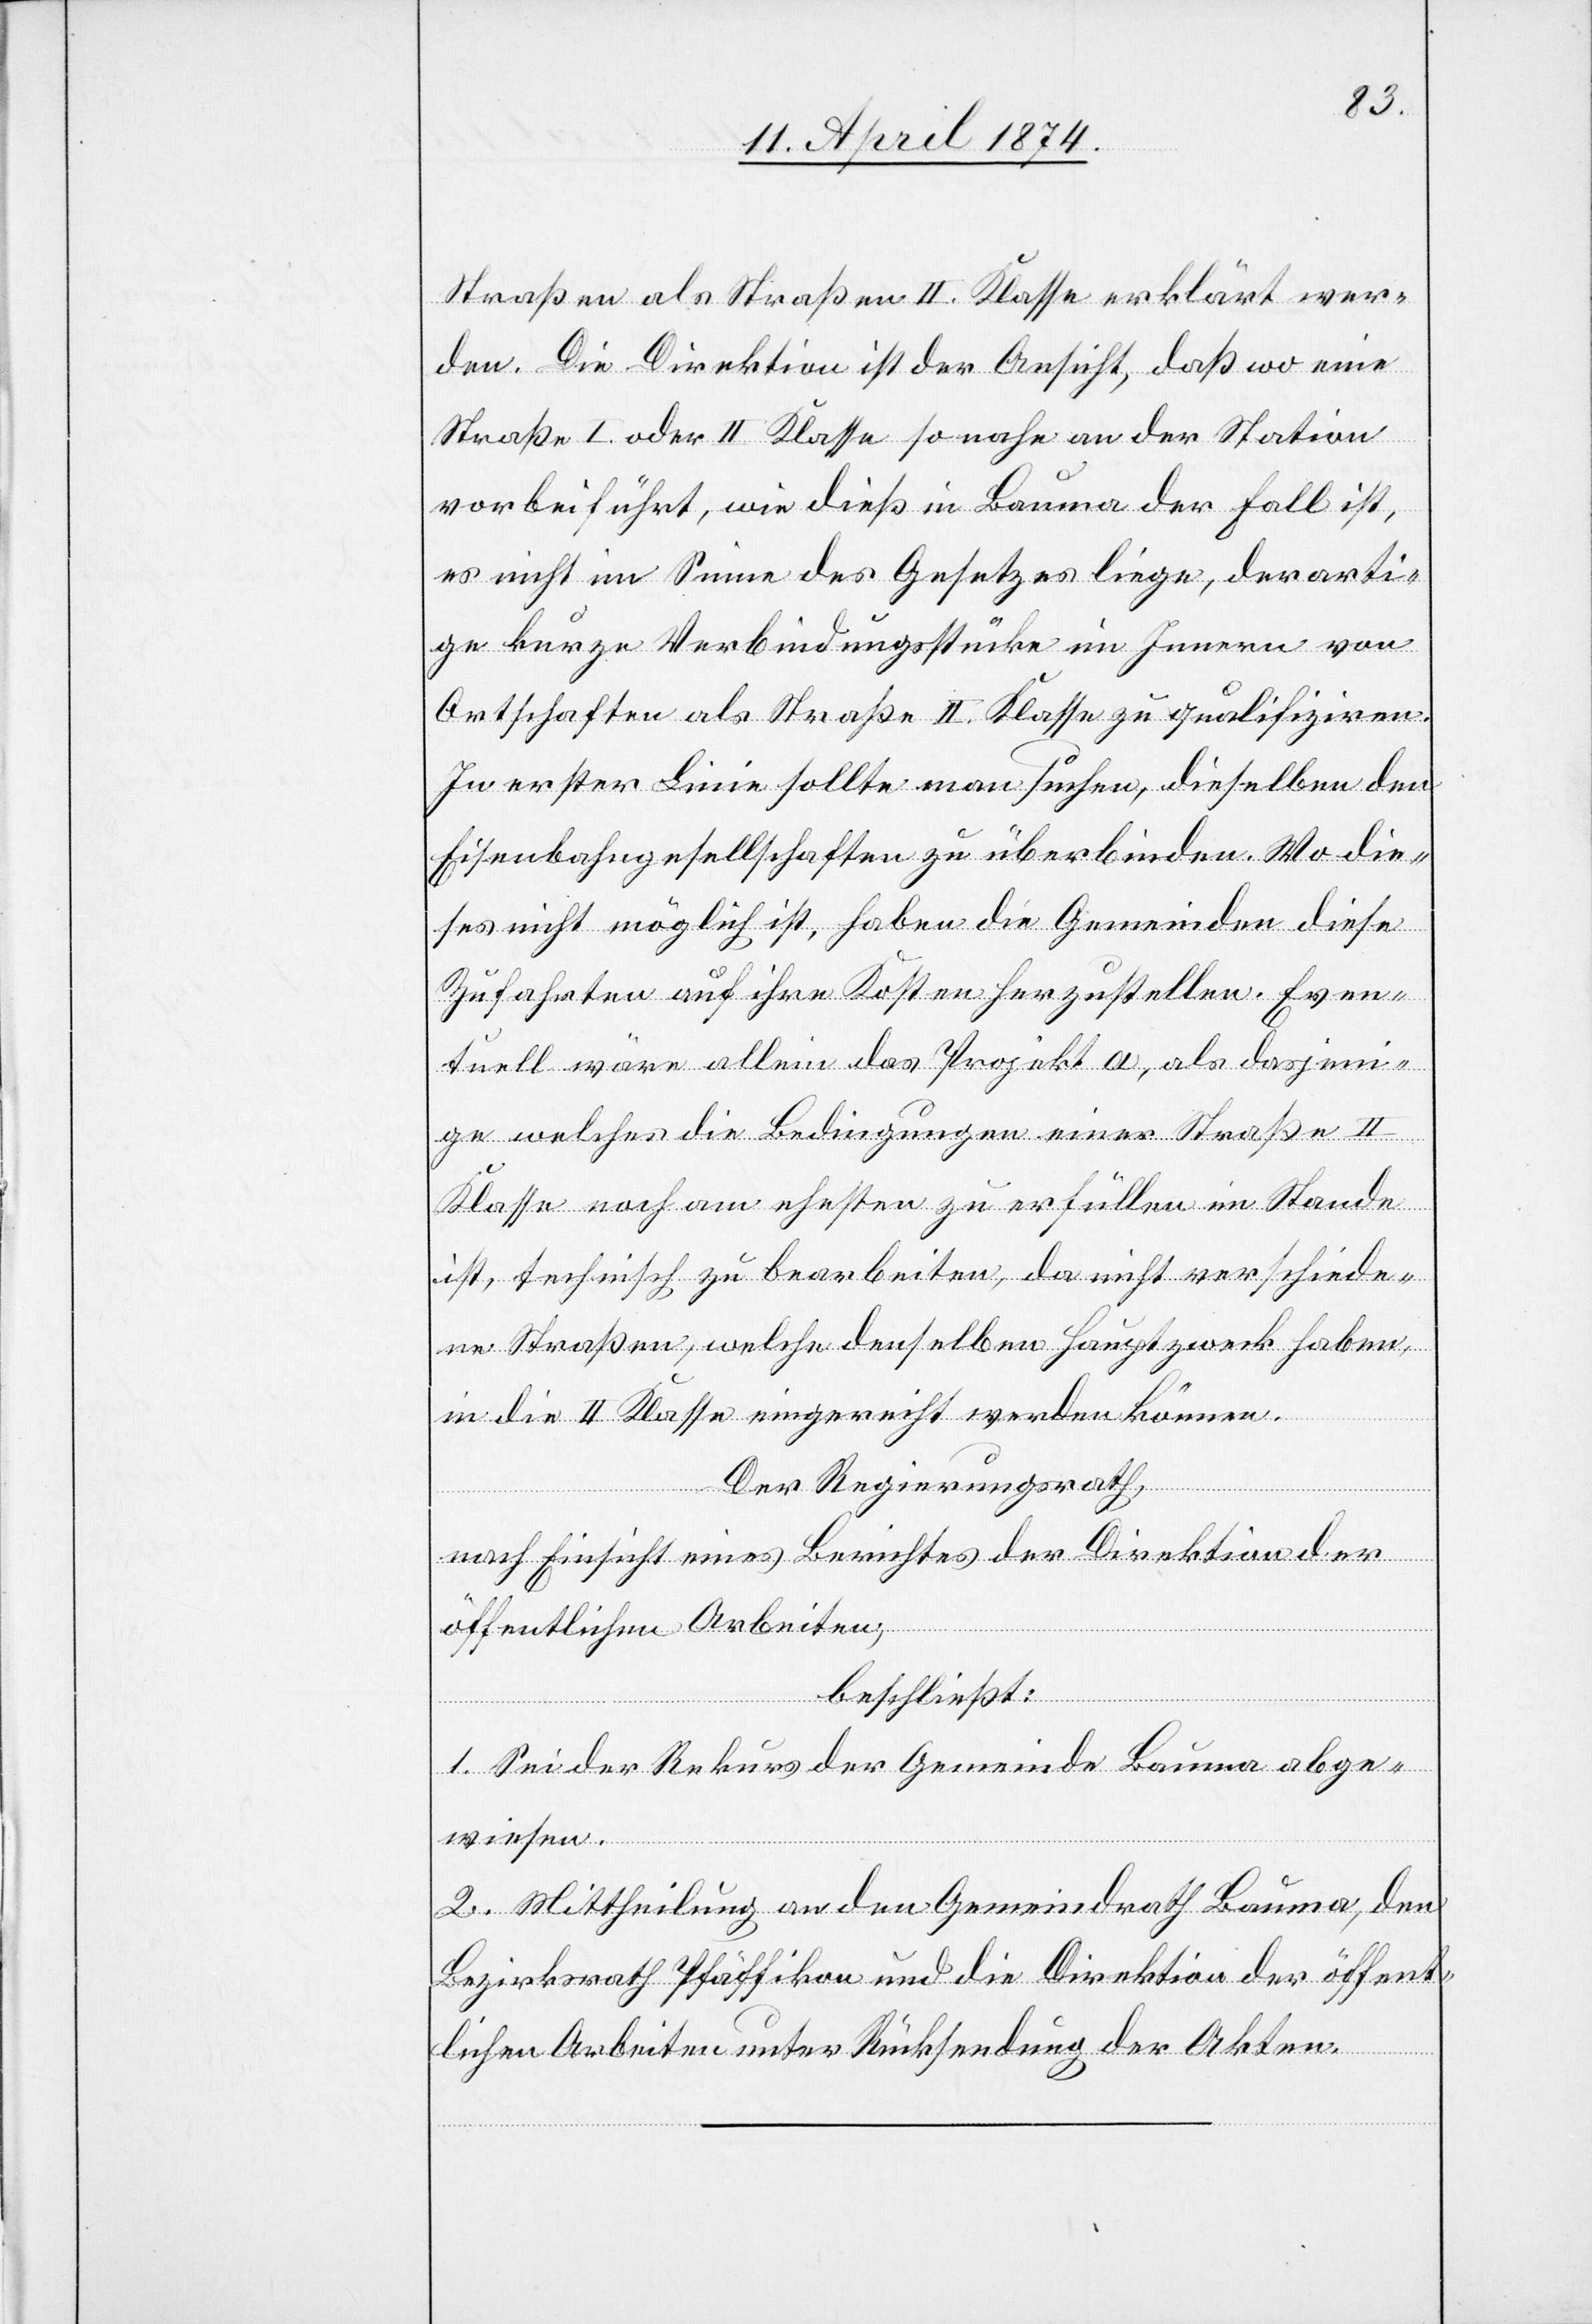
Straßen als Straßen II. Klasse erklärt wer¬
den. Die Direktion ist der Ansicht, daß wo eine
Straße I. oder II. Klasse so nahe an der Station
vorbeiführt, wie dieß in Bauma der Fall ist,
es nicht im Sinne des Gesetzes liege, derarti¬
ge kurze Verbindungsstücke im Innern von
Ortschaften als Straße II. Klasse zu qualifiziren.
In erster Linie sollte man suchen, dieselben den
Eisenbahngesellschaften zu überbinden. Wo die¬
ses nicht möglich ist, haben die Gemeinden diese
Zufahrten auf ihre Kosten herzustellen. Even¬
tuell wäre allein das Projekt a, als dasjeni¬
ge welches die Bedingungen einer Straße II.
Klasse noch am ehesten zu erfüllen im Stande
ist, technisch zu bearbeiten, da nicht verschiede¬
ne Straßen, welche denselben Hauptzweck haben,
in die II. Klasse eingereicht werden können.
Der Regierungsrath,
nach Einsicht eines Berichtes der Direktion der
öffentlichen Arbeiten,
beschließt:
1. Sei der Rekurs der Gemeinde Bauma abge¬
wiesen.
2. Mittheilung an den Gemeindrath Bauma, den
Bezirksrath Pfäffikon und die Direktion der öffent¬
lichen Arbeiten unter Rücksendung der Akten.